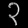
Digit: ၃